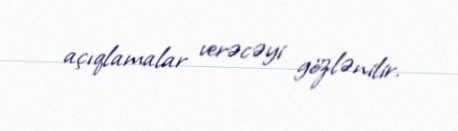
açıqlamalar verəcəyi gözlənilir.